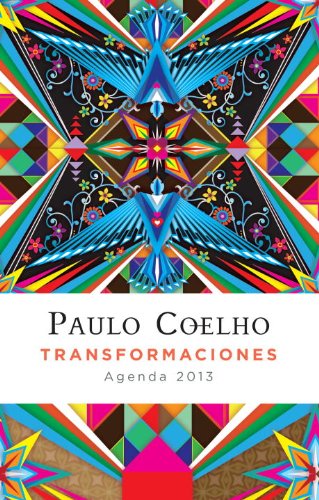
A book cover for Transformaciones: 2013 Coelho Calendario (Spanish Edition); Paulo Coelho; Calendars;